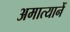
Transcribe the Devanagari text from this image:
अमात्यानें